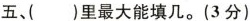
五、()里最大能填几。(3分)